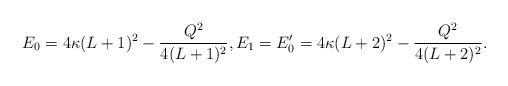
LaTeX: \begin{align*} E_0 = 4\kappa(L+1)^2 - \frac{Q^2}{4(L+1)^2}, E_1 = E'_0 = 4\kappa(L+2)^2 - \frac{Q^2}{4(L+2)^2}. \end{align*}